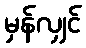
မှန်လျှင်